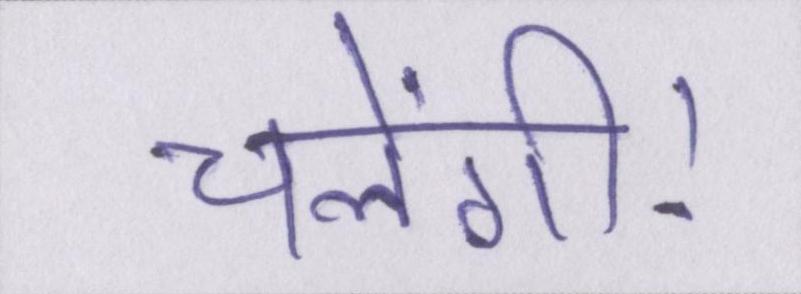
चलेंगी।